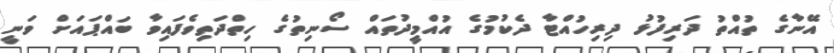
އޭނާގެ ތުއްތު ދަރިފުޅު ދިރިހުއްޓާ ދެކުމުގެ އުއްމީދުތައް ސޯނިތުގެ ހިތްދަތިވެފައިވާ ބައްޕައަށް ވަނީ